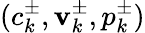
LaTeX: (c_{k}^{\pm},\mathbf{v}_{k}^{\pm},p_{k}^{\pm})